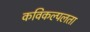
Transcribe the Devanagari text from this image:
कविकल्पलता